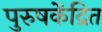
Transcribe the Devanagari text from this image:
पुरुषकेंद्रित